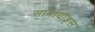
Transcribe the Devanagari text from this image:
सामोयीड्स